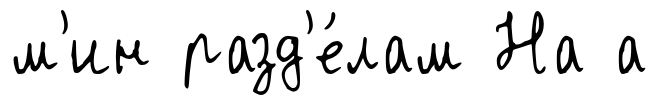
м'ин разд'е́лам На а